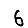
Digit: 6